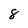
Character: 8